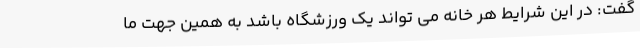
گفت: در این شرایط هر خانه می تواند یک ورزشگاه باشد به همین جهت ما